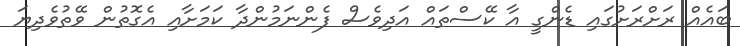
ބައެއް ރަށްރަށުގައި ޑެންގީ އާ ކޭސްތައް އަދިވެސް ފެންނަމުންދާ ކަމަށާއި އެގޮތުން ވޭތުވެދިޔަ